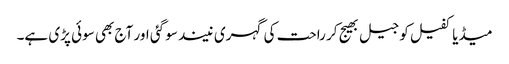
میڈیا کفیل کو جیل بھیج کر راحت کی گہری نیند سو گئی اور آج بھی سوئی پڑی ہے۔